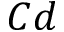
C d